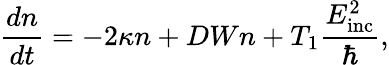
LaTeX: \frac{dn}{dt}=-2\kappa n+DWn+T_{1}\frac{E_{\mathrm{inc}}^{2}}{\hbar},